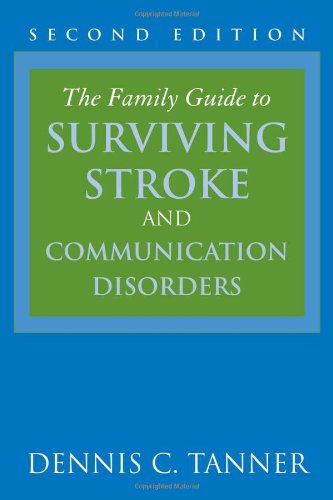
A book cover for The Family Guide to Surviving Stroke and Communication Disorders; Dennis C. Tanner; Health, Fitness & Dieting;